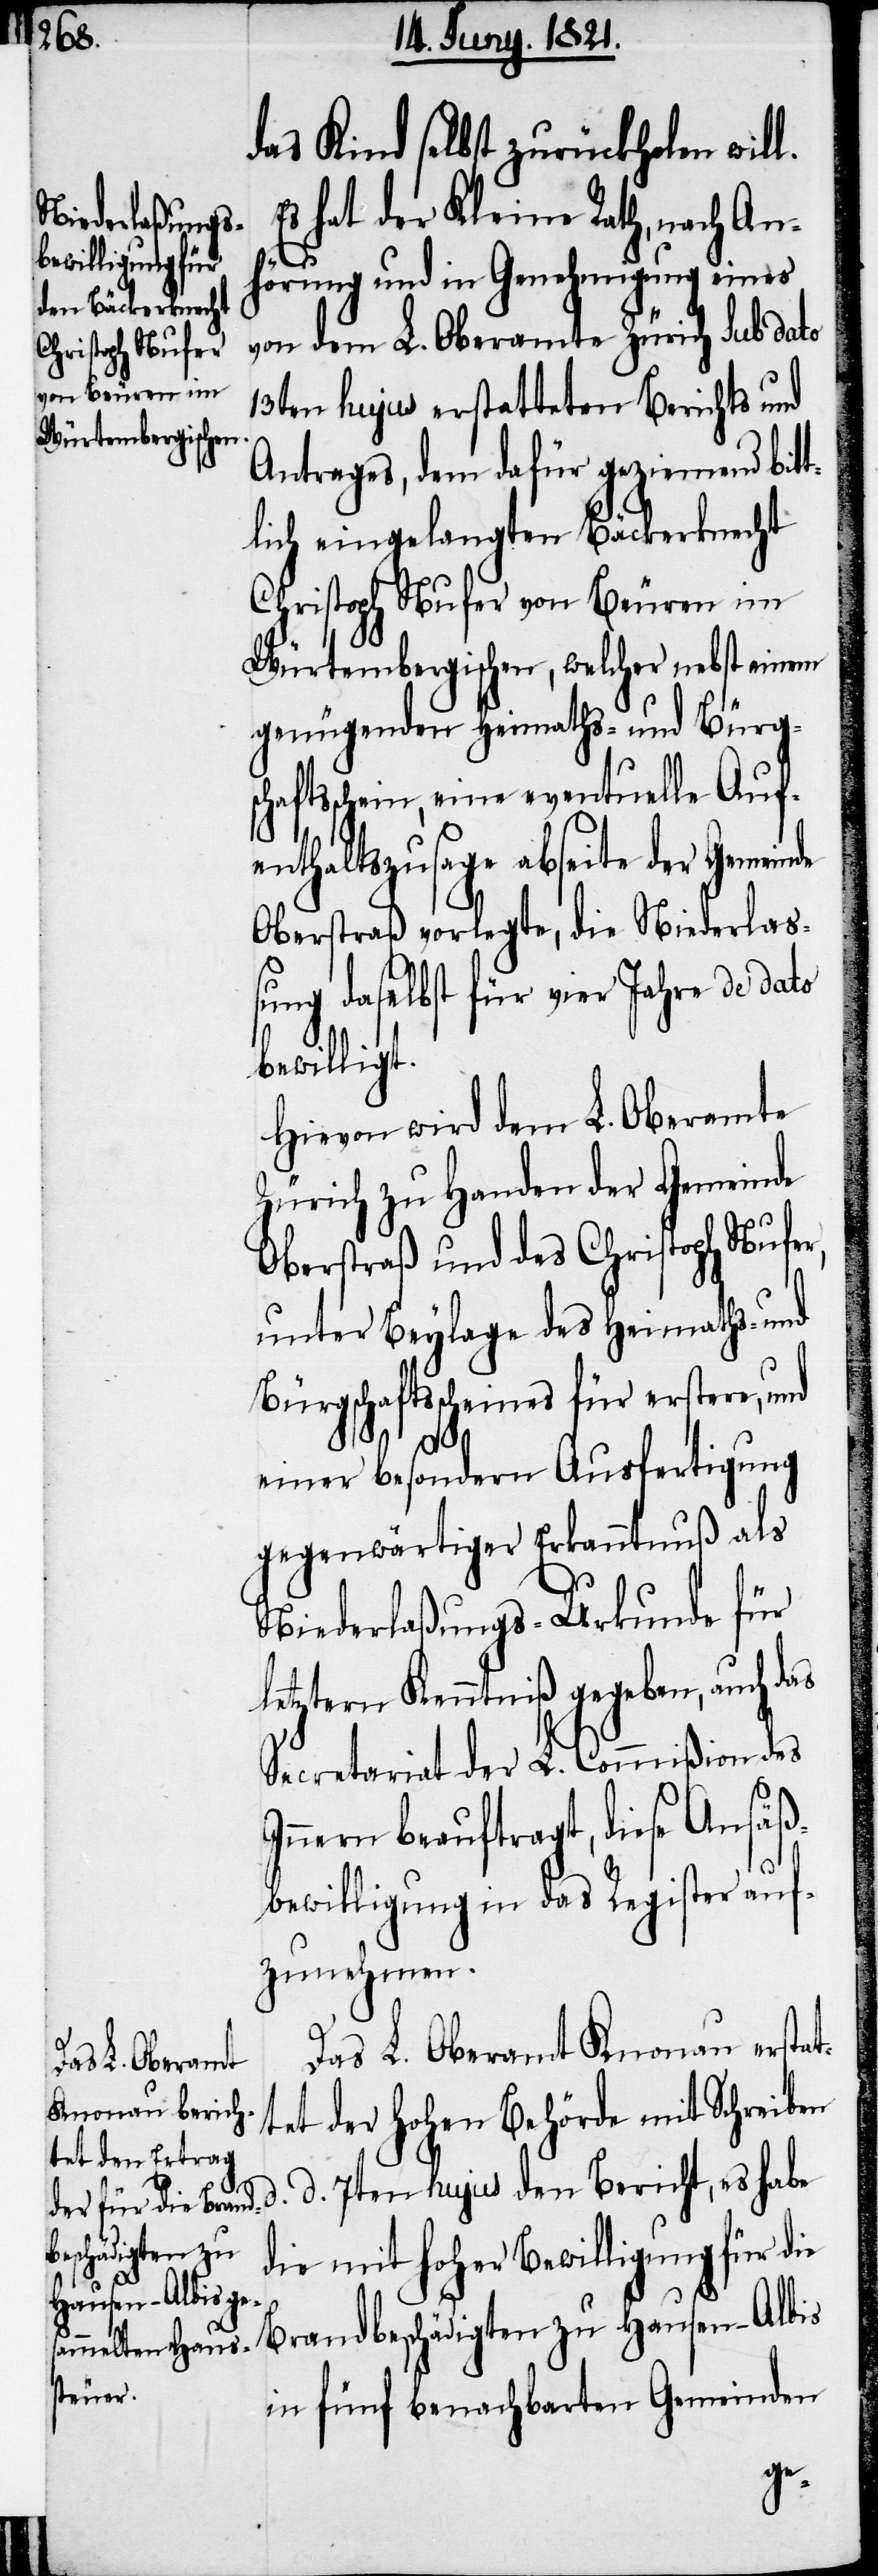
das Kind selbst zurückholen wil¬
Es hat der Kleine Rath, nach An¬
hörung und in Genehmigung eines
von dem L. Oberamte Zürich sub dato
13ten hujus erstatteten Berichts und
Antrages, dem dafür geziemend bitt¬
lich eingelangten Bäckerknecht
Christoph Nufer von Beuren im
Würtembergischen, welcher nebst einem
genügenden Heimaths- und Bürgs¬
chaftsschein, eine eventuelle Auf¬
enthaltszusage abseite der Gemeinde
Oberstraß vorlegte, die Niederlaß¬
ung daselbst für vier Jahre de dato
bewilligt.
Hievon wird dem L. Oberamte
Zürich zu Handen der Gemeinde
Oberstraß und des Christoph Nufer,
unter Beylage des Heimaths- und
Bürgschaftsscheins für erstere, und
l.
einer besondern Ausfertigung
gegenwärtiger Erkanntnuß als
Niederlaßungs-Urkunde für
letztern Kenntniß gegeben, auch das
Secretariat der L. Commißion des
Innern beauftragt, diese Ansäß¬
bewilligung in das Register auf¬
zunehmen.
Das L. Oberamt Knonau erstat¬
tet der hohen Behörde mit Schreiben
d. 7ten hujus den Bericht, es habe
die mit hoher Bewilligung für die
Brandbeschädigten zu Hausen-Albis
in fünf benachbarten Gemeinden